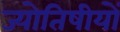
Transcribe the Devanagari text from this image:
ज्योतिषीयों